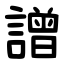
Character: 譄